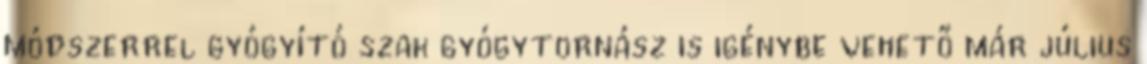
módszerrel gyógyító szak gyógytornász is igénybe vehető már július